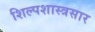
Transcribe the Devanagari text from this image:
शिल्पशास्त्रसार